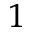
^ { 1 }